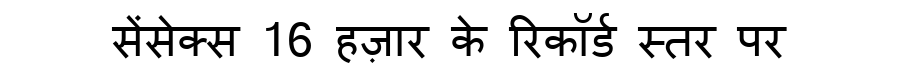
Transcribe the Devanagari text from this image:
सेंसेक्स 16 हज़ार के रिकॉर्ड स्तर पर